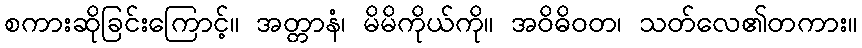
စကားဆိုခြင်းကြောင့်။ အတ္တာနံ၊ မိမိကိုယ်ကို။ အဝိဓိဝတ၊ သတ်လေ၏တကား။